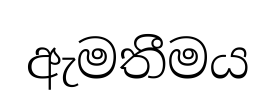
ඇමතීමය